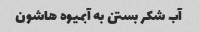
آب شکر بستن به آبمیوه هاشون